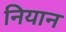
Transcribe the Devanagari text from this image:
नियान